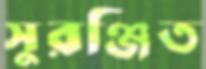
সুরঞ্জিত